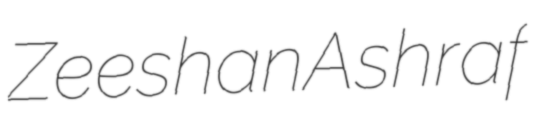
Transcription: Zeeshan Ashraf